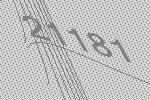
21181